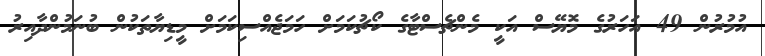
އުމުރުން 49 އަހަރުގެ މޮޔޭސް އަކީ މެންޗެސްޓާގެ ކޯޗުކަމަށް ހަމަޖެއްސިކަމަށް މީޑިޔާތަކުން ބުނަމުންދާއިރު